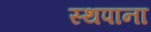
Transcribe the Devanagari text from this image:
स्थपाना